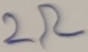
Text: 2Ω